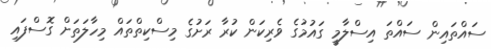
ސައްތައިން ސައްތަ އިސްލާމީ ގައުމުގެ ވެރިކަން ކުރާ ރަށުގެ މިސްކިތްތައް މިހާލަތަށް ގޮސްފައި